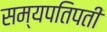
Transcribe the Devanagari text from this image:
सम्यपतिपती